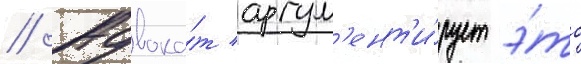
// Адвока́т аргум'ент'и́рует э́то